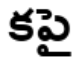
కపై